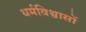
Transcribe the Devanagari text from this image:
धर्मविश्वासों